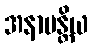
အနာမန္တိယ